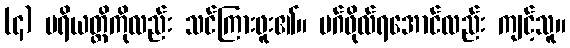
(၄) ပရိယတ္တိကိုလည်း သင်ကြားဖူး၏။ မဂ်ဖိုလ်ရအောင်လည်း ကျင့်သူ။